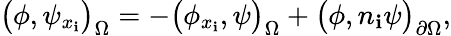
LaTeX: \big(\phi,\psi_{x_{\mathbf{i}}}\big)_{\Omega}=-\big(\phi_{x_{\mathbf{i}}},\psi\big)_{\Omega}+\big(\phi,n_{\mathbf{i}}\psi\big)_{\partial\Omega},